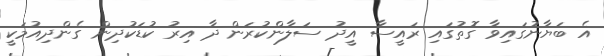
އެ ބަޔާނުގައިވާ ގޮތުގައި ރައީސާ އީދު ސަލާންކުރަން ދާ އިރު ކުޑަކުދިން ގެންދިއުމަކީ